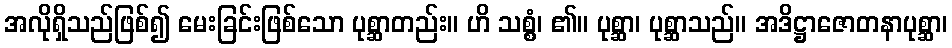
အလိုရှိသည်ဖြစ်၍ မေးခြင်းဖြစ်သော ပုစ္ဆာတည်း။ ဟိ သစ္စံ၊ ၏။ ပုစ္ဆာ၊ ပုစ္ဆာသည်။ အဒိဋ္ဌာဇောတနာပုစ္ဆာ၊